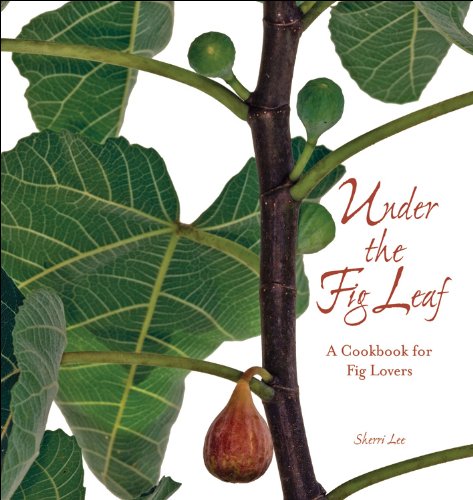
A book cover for Under the Fig Leaf; Sherri P. Lee; Cookbooks, Food & Wine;